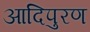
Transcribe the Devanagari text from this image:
आदिपुरण